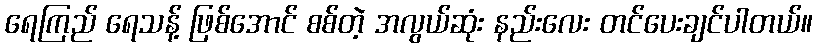
ရေကြည် ရေသန့် ဖြစ်အောင် စစ်တဲ့ အလွယ်ဆုံး နည်းလေး တင်ပေးချင်ပါတယ်။